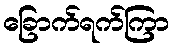
ခြောက်ရက်ကြာ